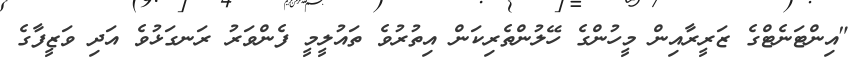
"އިންޓަނެޓްގެ ޒަރީރާއިން މީހުންގެ ހޭލުންތެރިކަން އިތުރުވެ ތައުލީމީ ފެންވަރު ރަނގަޅުވެ އަދި ވަޒީފާގެ